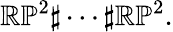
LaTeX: \mathbb{RP}^{2}\sharp\cdots\sharp\mathbb{RP}^{2}.